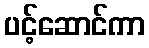
ပင့်ဆောင်ကာ